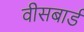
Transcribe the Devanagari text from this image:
वीसबार्ड